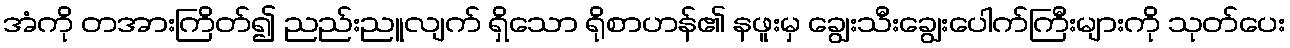
အံကို တအားကြိတ်၍ ညည်းညူလျက် ရှိသော ရိုစာဟန်၏ နဖူးမှ ချွေးသီးချွေးပေါက်ကြီးများကို သုတ်ပေး